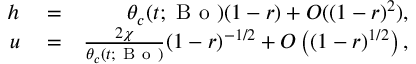
\begin{array} { r l r } { h } & { { } = } & { \theta _ { c } ( t ; \mathrm { ~ B ~ o ~ } ) ( 1 - r ) + O ( ( 1 - r ) ^ { 2 } ) , } \\ { u } & { { } = } & { \frac { 2 \chi } { \theta _ { c } ( t ; \mathrm { ~ B ~ o ~ } ) } ( 1 - r ) ^ { - 1 / 2 } + O \left( ( 1 - r ) ^ { 1 / 2 } \right) , } \end{array}